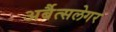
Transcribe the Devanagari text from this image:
अर्बैत्सलेगर